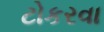
ટોકરવા